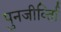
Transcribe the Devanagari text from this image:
पुनजीर्व्ताि